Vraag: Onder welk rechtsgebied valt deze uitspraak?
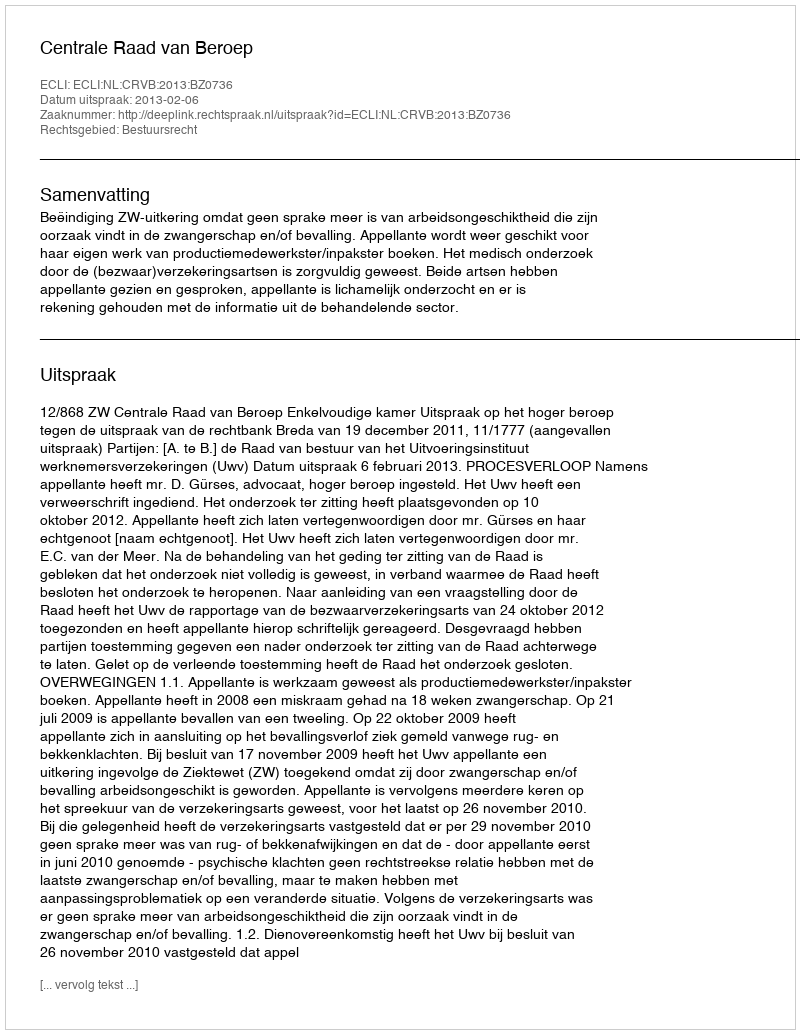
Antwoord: Bestuursrecht